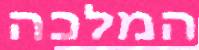
המלכה